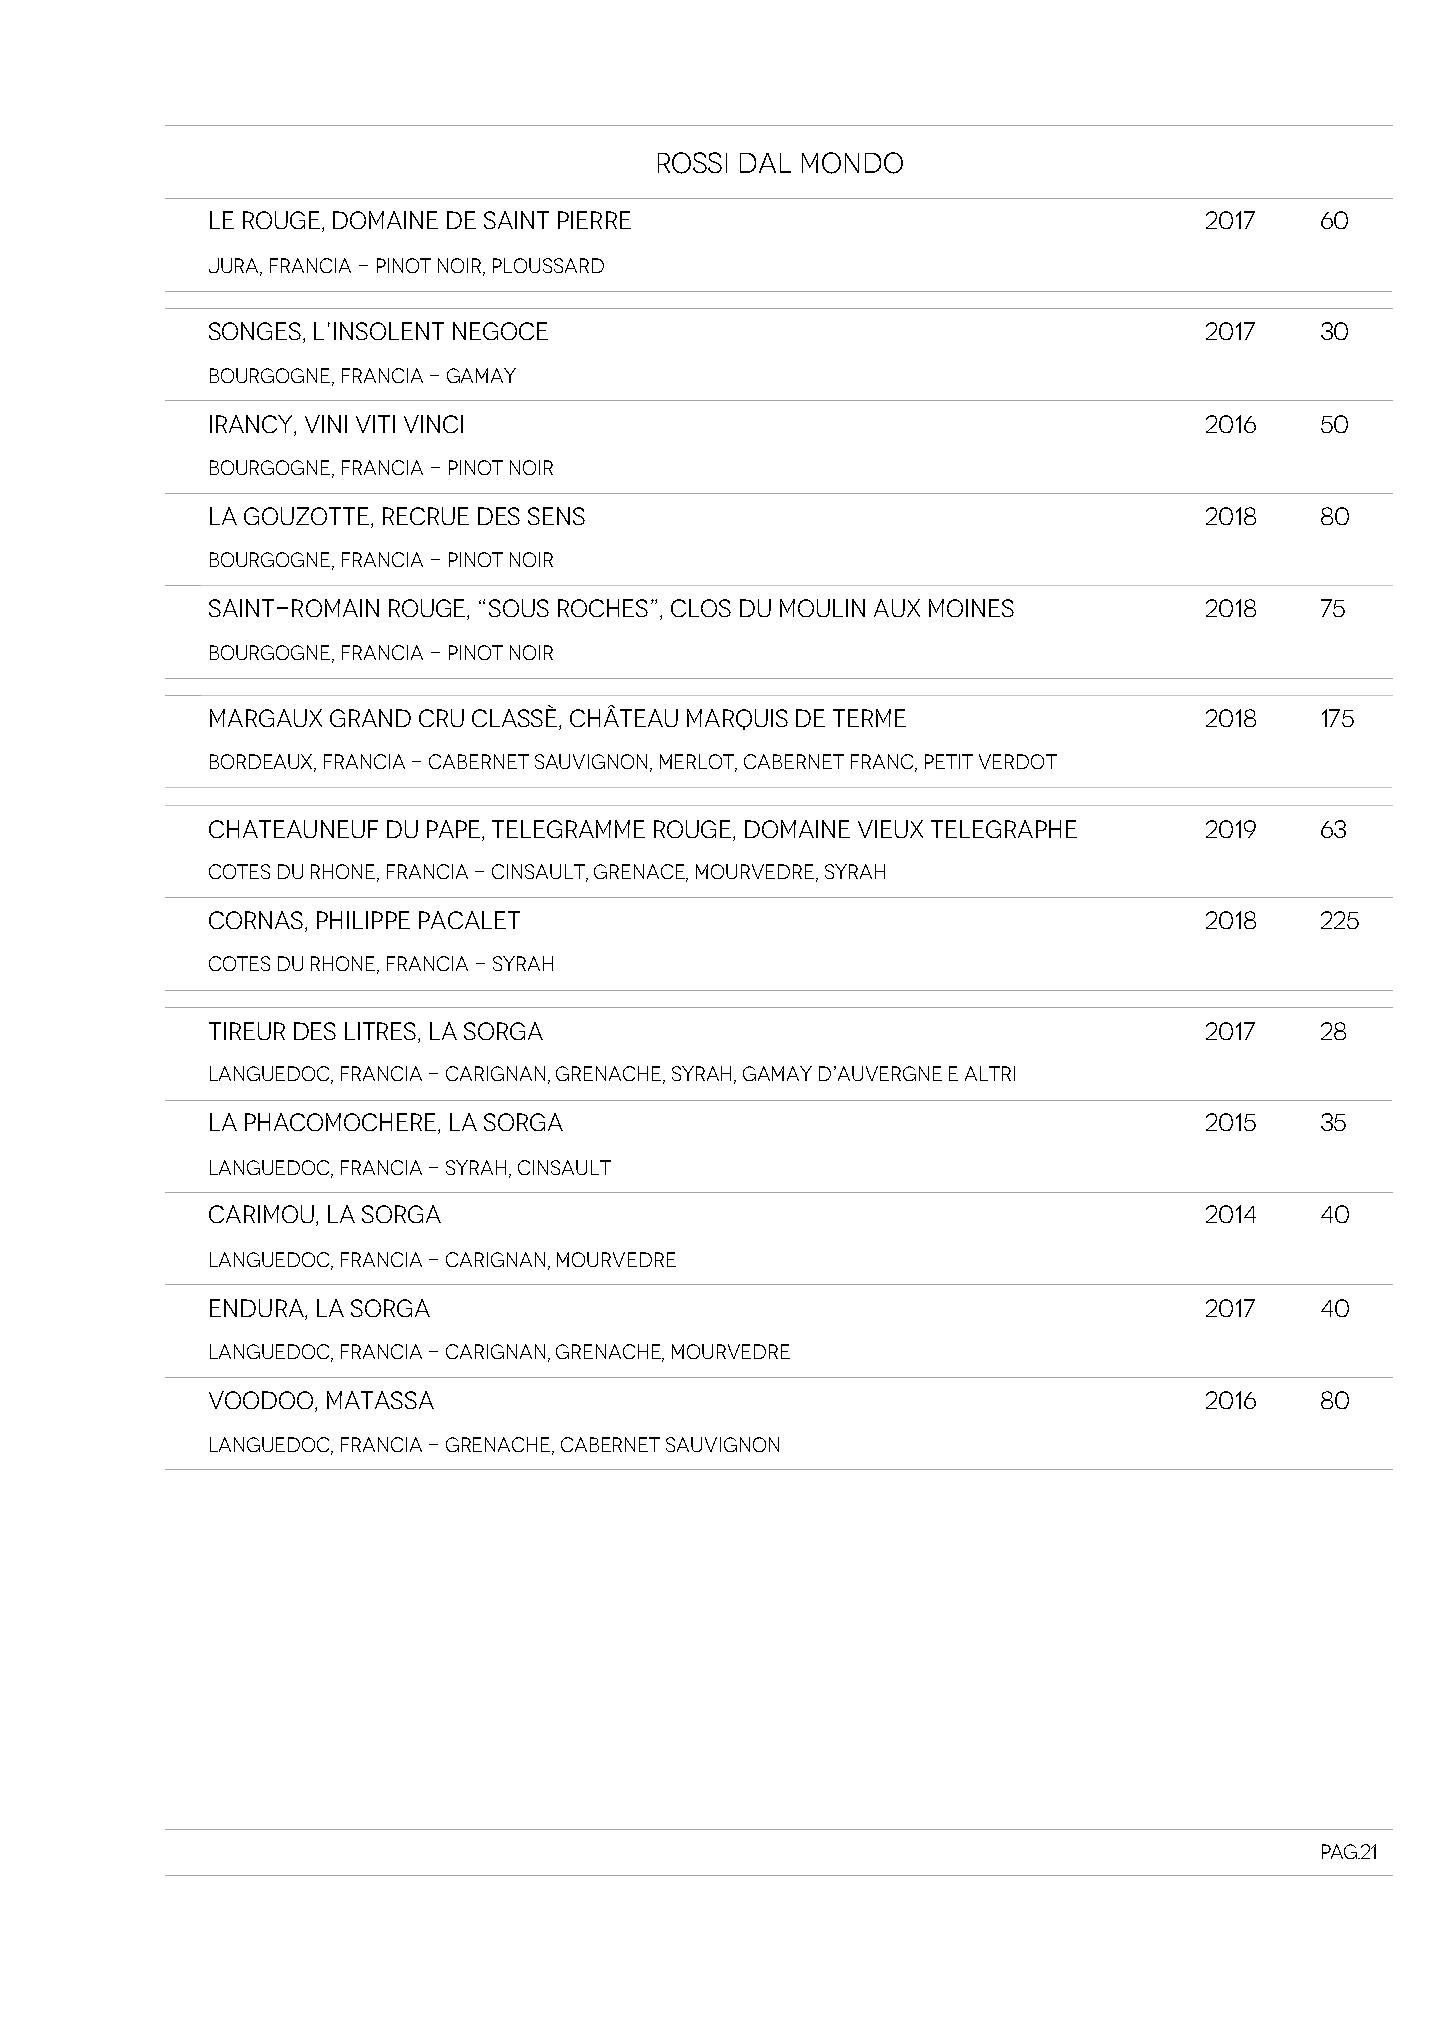
ROSSI DAL MONDO
 LE ROUGE, DOMAINE DE SAINT PIERRE                                 2017   60
 Jura, Francia - Pinot Noir, Ploussard
 SONGES, L’INSOLENT NEGOCE                                         2017   30
 Bourgogne, Francia - Gamay
 IRANCY, VINI VITI VINCI                                           2016   50
 Bourgogne, Francia - Pinot Noir
 LA GOUZOTTE, RECRUE DES SENS                                      2018   80
 Bourgogne, Francia - Pinot Noir
 SAINT-ROMAIN ROUGE, “SOUS ROCHES”, CLOS DU MOULIN AUX MOINES      2018   75
 Bourgogne, Francia - Pinot Noir
 MARGAUX GRAND CRU CLASSÈ, CHÂTEAU MARQUIS DE TERME                2018   175
 Bordeaux, Francia - Cabernet Sauvignon, Merlot, Cabernet Franc, Petit Verdot
 CHATEAUNEUF DU PAPE, TELEGRAMME ROUGE, DOMAINE VIEUX TELEGRAPHE   2019   63
 Cotes du Rhone, Francia - Cinsault, Grenace, Mourvedre, Syrah
 CORNAS, PHILIPPE PACALET                                          2018   225
 Cotes du Rhone, Francia - Syrah
 TIREUR DES LITRES, LA SORGA                                       2017   28
 Languedoc, Francia - Carignan, Grenache, Syrah, Gamay d’Auvergne e altri
 LA PHACOMOCHERE, LA SORGA                                         2015   35
 Languedoc, Francia - Syrah, Cinsault
 CARIMOU, LA SORGA                                                 2014   40
 Languedoc, Francia - Carignan, Mourvedre
 ENDURA, LA SORGA                                                  2017   40
 Languedoc, Francia - Carignan, Grenache, Mourvedre
 VOODOO, MATASSA                                                   2016   80
 Languedoc, Francia - Grenache, Cabernet Sauvignon
 Pag.21